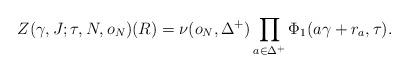
LaTeX: \begin{align*}Z(\gamma,J;\tau,N,o_N)(R)=\nu(o_N,\Delta^+)\prod_{a\in \Delta^+} \Phi_1(a\gamma+r_a,\tau).\end{align*}